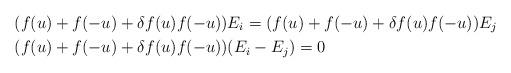
LaTeX: \begin{align*} &(f(u)+f(-u)+ \delta f(u)f(-u))E_i = (f(u)+f(-u)+ \delta f(u)f(-u))E_j \\ &(f(u)+f(-u)+ \delta f(u)f(-u))(E_i-E_j)=0\end{align*}